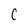
Character: c